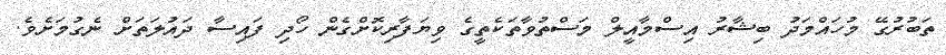
ތަބުރުގޭ މުހައްމަދު ބިޝާރު އިސްމާއީލް މަސްތުވާތަކެތީގެ ވިޔަފާރިކޮށްގެން ހޯދި ފައިސާ ދައުލަތަށް ނެގުމަށެވެ.